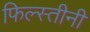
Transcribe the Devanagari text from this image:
फिल्स्तीनी